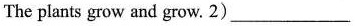
The plants grow and grow. 2) ___